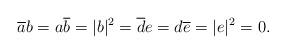
LaTeX: \begin{align*}\overline{a}b=a\overline{b}=|b|^{2}=\overline{d}e=d\overline{e}=|e|^{2}=0.\end{align*}